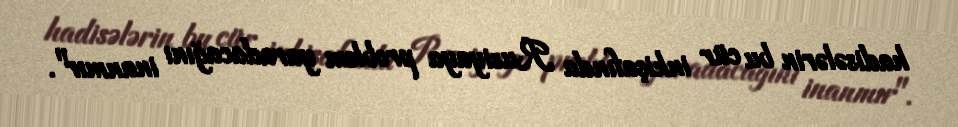
hadisələrin bu cür inkişafında Rusiyaya problem yaradacağını inanmır".